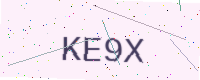
Text: KE9X